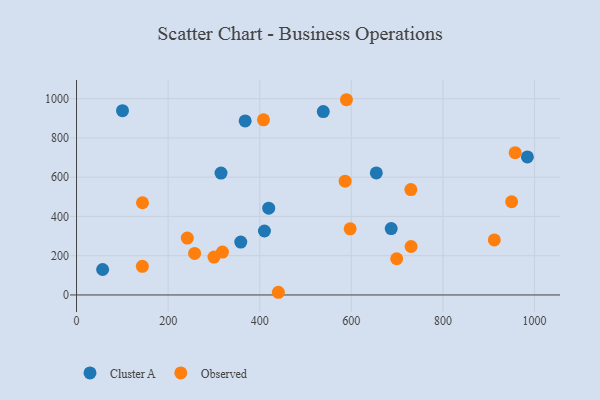
{"axis": {"x": "Study Hours", "y": "Exam Score"}, "legend": ["Cluster A", "Observed"], "data": [{"x": "410.3", "y": 325.9, "type": "Cluster A"}, {"x": "358.6", "y": 269.6, "type": "Cluster A"}, {"x": "57.0", "y": 129.6, "type": "Cluster A"}, {"x": "100.4", "y": 938.9, "type": "Cluster A"}, {"x": "984.3", "y": 703.3, "type": "Cluster A"}, {"x": "315.5", "y": 621.0, "type": "Cluster A"}, {"x": "368.2", "y": 886.5, "type": "Cluster A"}, {"x": "687.0", "y": 338.2, "type": "Cluster A"}, {"x": "538.7", "y": 934.0, "type": "Cluster A"}, {"x": "654.5", "y": 621.9, "type": "Cluster A"}, {"x": "419.6", "y": 442.0, "type": "Cluster A"}, {"x": "300.1", "y": 193.0, "type": "Observed"}, {"x": "143.7", "y": 145.8, "type": "Observed"}, {"x": "589.3", "y": 994.6, "type": "Observed"}, {"x": "408.2", "y": 892.1, "type": "Observed"}, {"x": "318.6", "y": 218.4, "type": "Observed"}, {"x": "699.0", "y": 184.4, "type": "Observed"}, {"x": "440.7", "y": 13.7, "type": "Observed"}, {"x": "586.4", "y": 579.7, "type": "Observed"}, {"x": "597.4", "y": 336.7, "type": "Observed"}, {"x": "957.7", "y": 724.7, "type": "Observed"}, {"x": "241.9", "y": 289.7, "type": "Observed"}, {"x": "912.1", "y": 280.4, "type": "Observed"}, {"x": "730.4", "y": 247.0, "type": "Observed"}, {"x": "257.8", "y": 211.4, "type": "Observed"}, {"x": "729.9", "y": 536.9, "type": "Observed"}, {"x": "144.0", "y": 469.8, "type": "Observed"}, {"x": "949.9", "y": 474.8, "type": "Observed"}]}